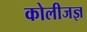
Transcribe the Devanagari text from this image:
कोलीजज्ञ